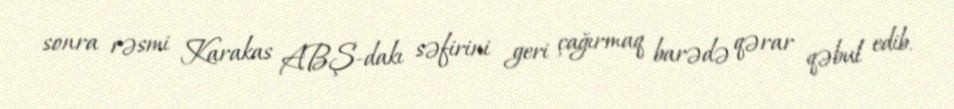
sonra rəsmi Karakas ABŞ-dakı səfirini geri çağırmaq barədə qərar qəbul edib.